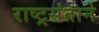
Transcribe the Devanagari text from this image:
राष्ट्रसंताने